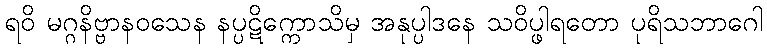
ရဝိ မဂ္ဂနိဗ္ဗာနဝသေန နပ္ပဋိက္ကောသိမှ အနုပ္ပါဒနေ သဝိပ္ဖါရတော ပုရိသဘာဂေါ